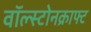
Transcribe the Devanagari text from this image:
वॉल्स्टोनक्राफ्ट